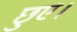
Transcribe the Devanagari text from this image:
छुए।